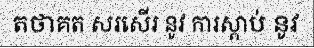
តថាគត សរសើរ នូវ ការស្តាប់ នូវ